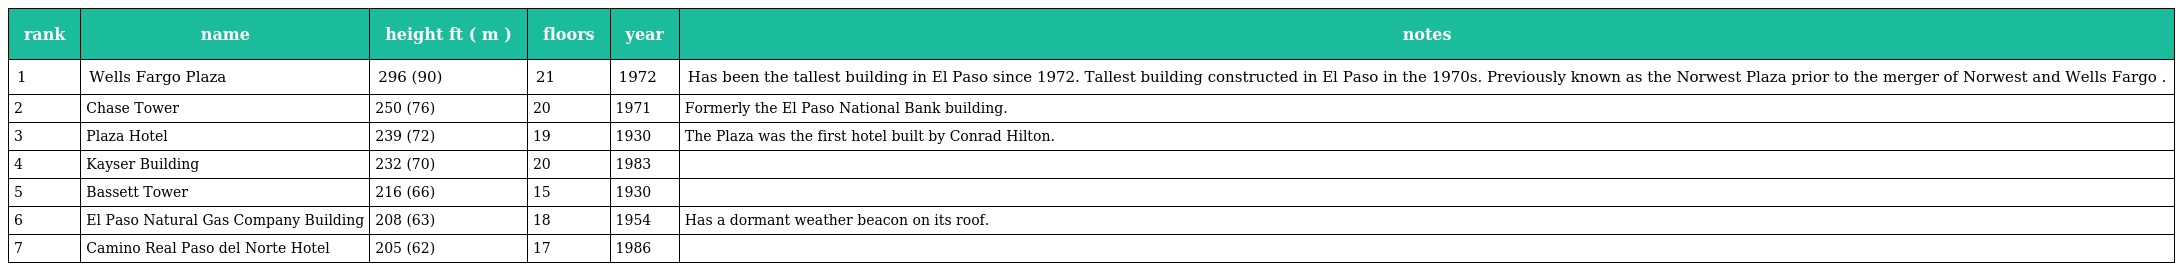
| rank | name | height ft ( m ) | floors | year | notes |
 | --- | --- | --- | --- | --- | --- |
 | 1 | Wells Fargo Plaza | 296 (90) | 21 | 1972 | Has been the tallest building in El Paso since 1972. Tallest building constructed in El Paso in the 1970s. Previously known as the Norwest Plaza prior to the merger of Norwest and Wells Fargo . |
 | 2 | Chase Tower | 250 (76) | 20 | 1971 | Formerly the El Paso National Bank building. |
 | 3 | Plaza Hotel | 239 (72) | 19 | 1930 | The Plaza was the first hotel built by Conrad Hilton. |
 | 4 | Kayser Building | 232 (70) | 20 | 1983 |  |
 | 5 | Bassett Tower | 216 (66) | 15 | 1930 |  |
 | 6 | El Paso Natural Gas Company Building | 208 (63) | 18 | 1954 | Has a dormant weather beacon on its roof. |
 | 7 | Camino Real Paso del Norte Hotel | 205 (62) | 17 | 1986 |  |